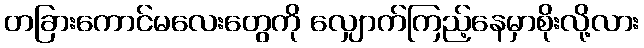
တခြားကောင်မလေးတွေကို လျှောက်ကြည့်နေမှာစိုးလို့လား